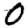
Digit: 0